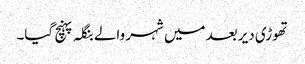
تھوڑی دیر بعد میں شہر والے بنگلہ پہنچ گیا۔